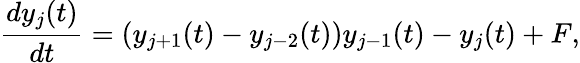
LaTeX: \frac{dy_{j}(t)}{dt}=(y_{j+1}(t)-y_{j-2}(t))y_{j-1}(t)-y_{j}(t)+F,